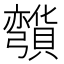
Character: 𰐡